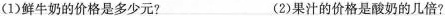
(1)鲜牛奶的价格是多少元? (2)果汁的价格是酸奶的几倍?